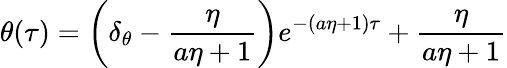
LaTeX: \theta(\tau)=\left(\delta_{\theta}-\frac{\eta}{a\eta+1}\right)e^{-(a\eta+1)\tau}+\frac{\eta}{a\eta+1}